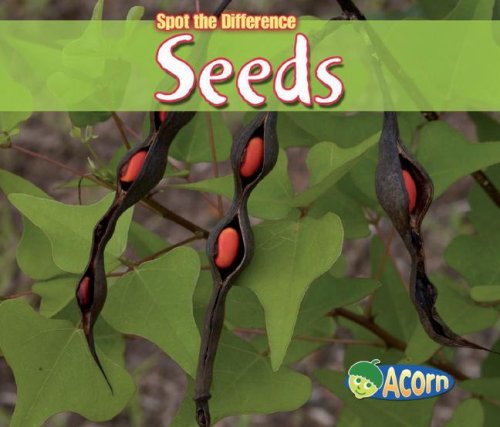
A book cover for Seeds (Spot the Difference: Plants); Charlotte Guillain; Children's Books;